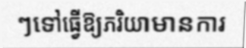
ៗទៅធ្វើឱ្យភរិយាមានការ